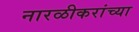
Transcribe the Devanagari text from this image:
नारळीकरांच्या